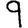
Digit: 9